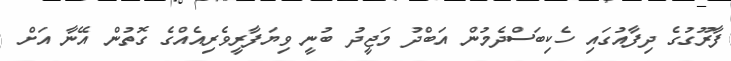
ފާރޫގުގެ ދިފާއުގައި ހެކިބަސްދެމުން އަބްދު މަޖީދު ބުނީ ވިޔަފާރީވެރިއެއްގެ ގޮތުން އޭނާ އަށް